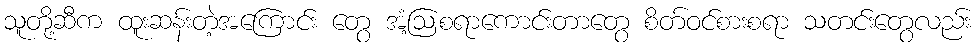
သူတို့ဆီက ထူးဆန်းတဲ့အကြောင်း တွေ အံ့ဩစရာကောင်းတာတွေ စိတ်ဝင်စားစရာ သတင်းတွေလည်း